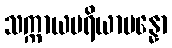
သက္ကာယပရိယာပန္နော